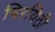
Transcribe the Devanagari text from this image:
चिरयिठी